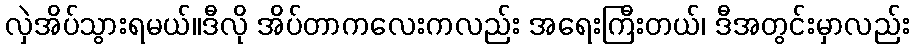
လှဲအိပ်သွားရမယ်။ဒီလို အိပ်တာကလေးကလည်း အရေးကြီးတယ်၊ ဒီအတွင်းမှာလည်း